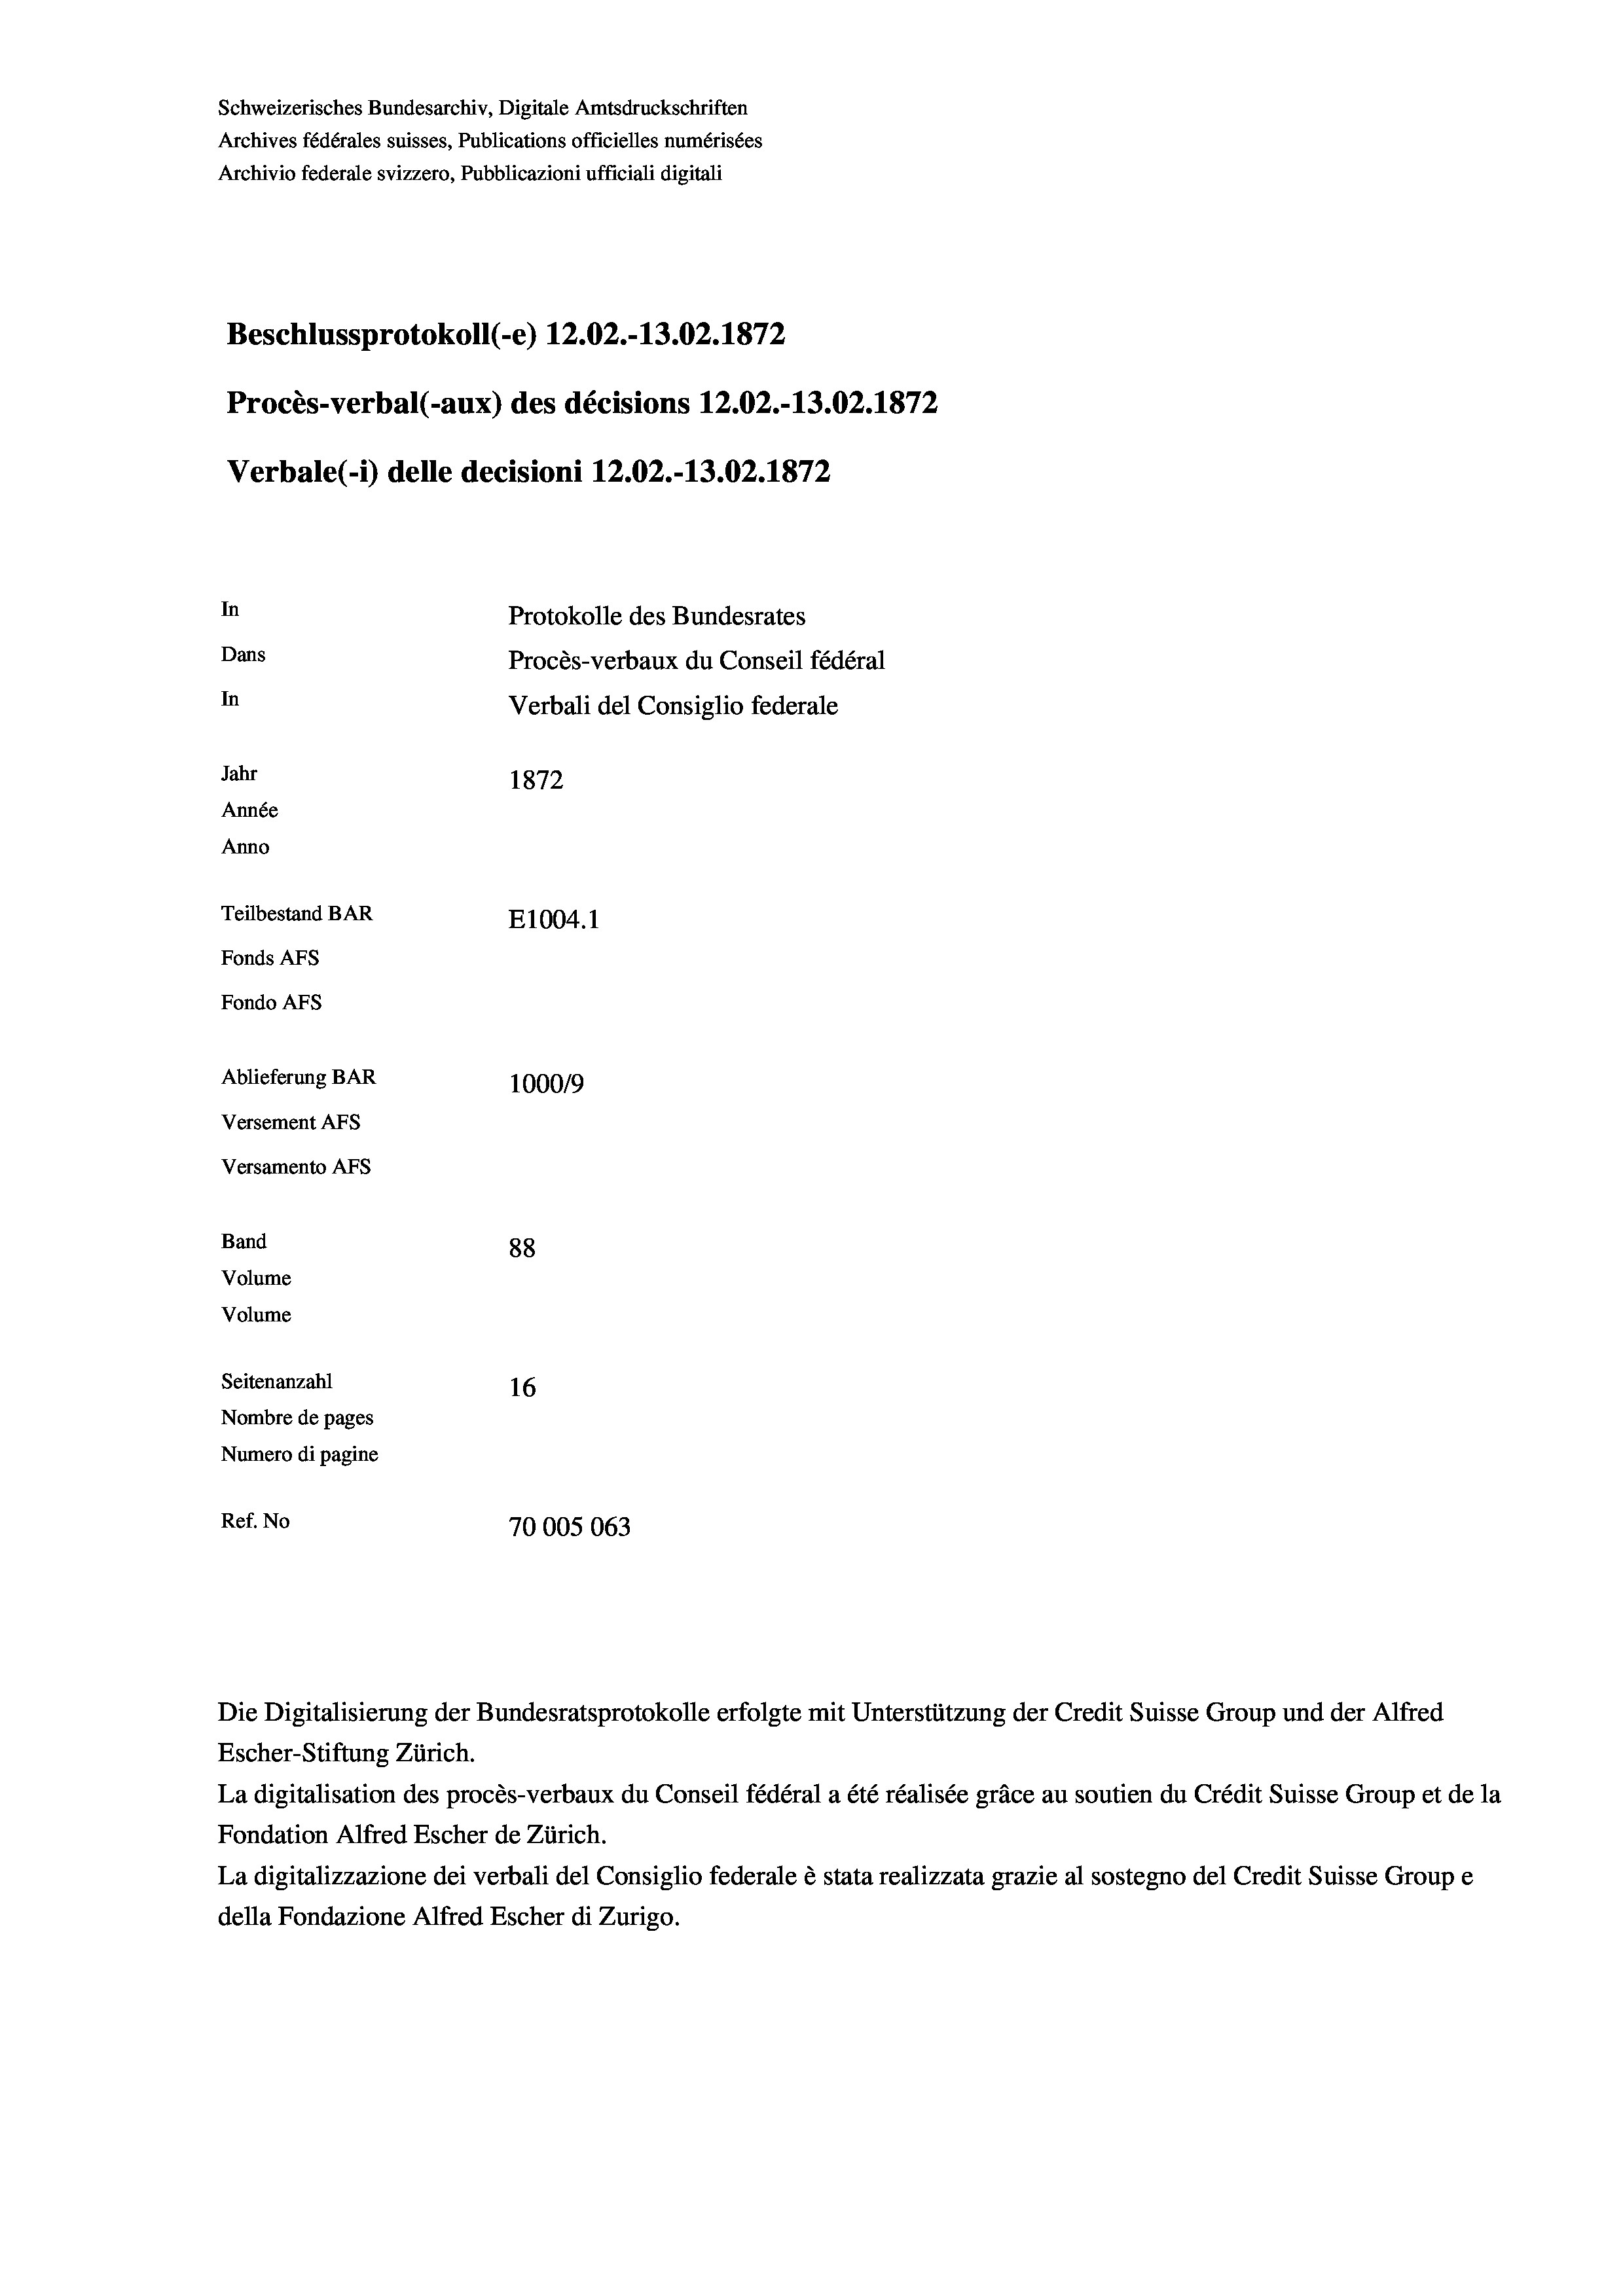
Schweizerisches Bundesarchiv, Digitale Amtsdruckschriften
Archives fédérales suisses, Publications officielles numérisées
Archivio federale svizzero, Pubblicazioni ufficiali digitali
Beschlussprotokoll (-e) 12.02.-13.02. 1872
Procès-verbal (-aux) des décisions 12.02.-13.02. 1872
Verbale (- 1) delle decisioni 12.02.-13.02. 1872
In
Protokolle des Bundesrates
Dans
Procès-verbaux du Conseil fédéral
In
Verbali del Consiglio federale
Jahr
1872
Année
Anno
Teilbestand BAR
E1004.1
Fonds AFs
Fondo Afs
Ablieferung BAR
100019
Versement AFs
Versamento Afs
Band
88
Volume
Volume
Seitenanzahl
16
Nombre de pages
Numero di pagine
Ref. No
70005063

Escher-Stiftung Zürich.
La digitalisation des procès-verbaux du Conseil fédéral a été réalisée gräce au soutien du Crédit Suisse Group et de la
Fondation Alfred Escher de Zürich.
La digitalizzazione dei verbali del Consiglio federale è stata realizzata grazie al sostegno del Credit Suisse Groupe
della Fondazione Alfred Escher di Zurigo.

Die Digitalisierung der Bundesratsprotokolle erfolgte mit Unterstützung der Credit Suisse Group und der Alfred